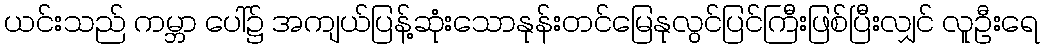
ယင်းသည် ကမ္ဘာ ပေါ်၌ အကျယ်ပြန့်ဆုံးသောနုန်းတင်မြေနုလွင်ပြင်ကြီးဖြစ်ပြီးလျှင် လူဦးရေ